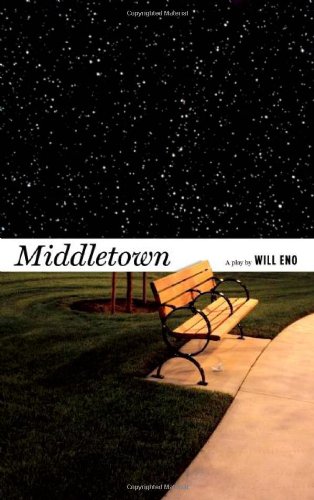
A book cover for Middletown (TCG Edition); Will Eno; Literature & Fiction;